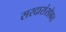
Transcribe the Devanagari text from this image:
सरदारांसोबत